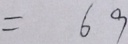
= 6 9